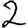
Digit: 2